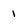
Character: 1